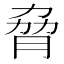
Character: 脅